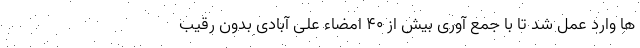
ها وارد عمل شد تا با جمع آوری بیش از 40 امضاء علی آبادی بدون رقیب